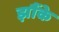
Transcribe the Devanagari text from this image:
झौंके